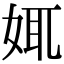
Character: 𡜯